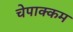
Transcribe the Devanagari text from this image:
चेपाक्कम